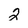
Character: 2